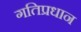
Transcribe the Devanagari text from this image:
गतिप्रधान